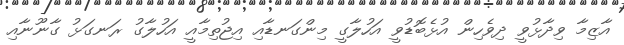
އާޒިމާ ވިދާޅުވީ ދިވެހިން އުޅެބޮޑުވީ އަހުލާގީ މިންގަނޑާއި އިޖުތިމާއީ އަހުލާގު ރަނގަޅު ގާނޫނާއި